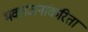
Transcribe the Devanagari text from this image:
भक्तजनांकरिता